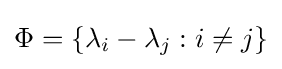
\Phi =\{\lambda _{i}-\lambda _{j}:i\neq j\}